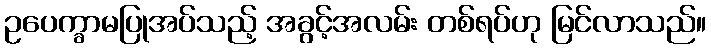
ဥပေက္ခာမပြုအပ်သည့် အခွင့်အလမ်း တစ်ရပ်ဟု မြင်လာသည်။